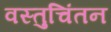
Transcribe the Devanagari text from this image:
वस्तुचिंतन